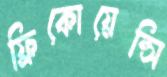
ফ্রিকোয়েন্সি